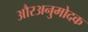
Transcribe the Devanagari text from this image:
औरअनुमोदक